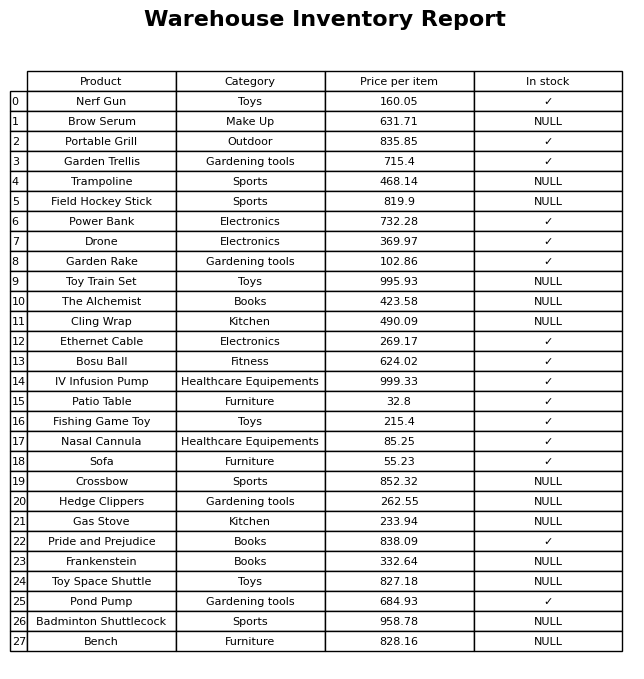
question: What is the price of the Garden Trellis?
answer: The price of Garden Trellis is 715.4.